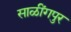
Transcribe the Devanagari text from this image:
साळींगपुर